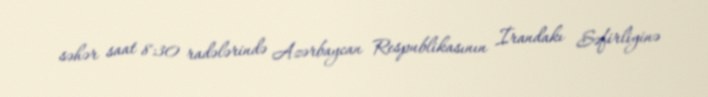
səhər saat 8:30 radələrində Azərbaycan Respublikasının İrandakı Səfirliyinə